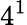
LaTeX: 4^{1}